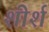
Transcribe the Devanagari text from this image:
शीर्श